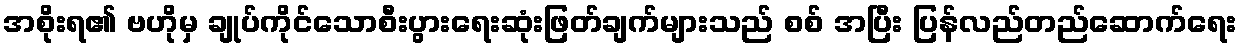
အစိုးရ၏ ဗဟိုမှ ချုပ်ကိုင်သောစီးပွားရေးဆုံးဖြတ်ချက်များသည် စစ် အပြီး ပြန်လည်တည်ဆောက်ရေး